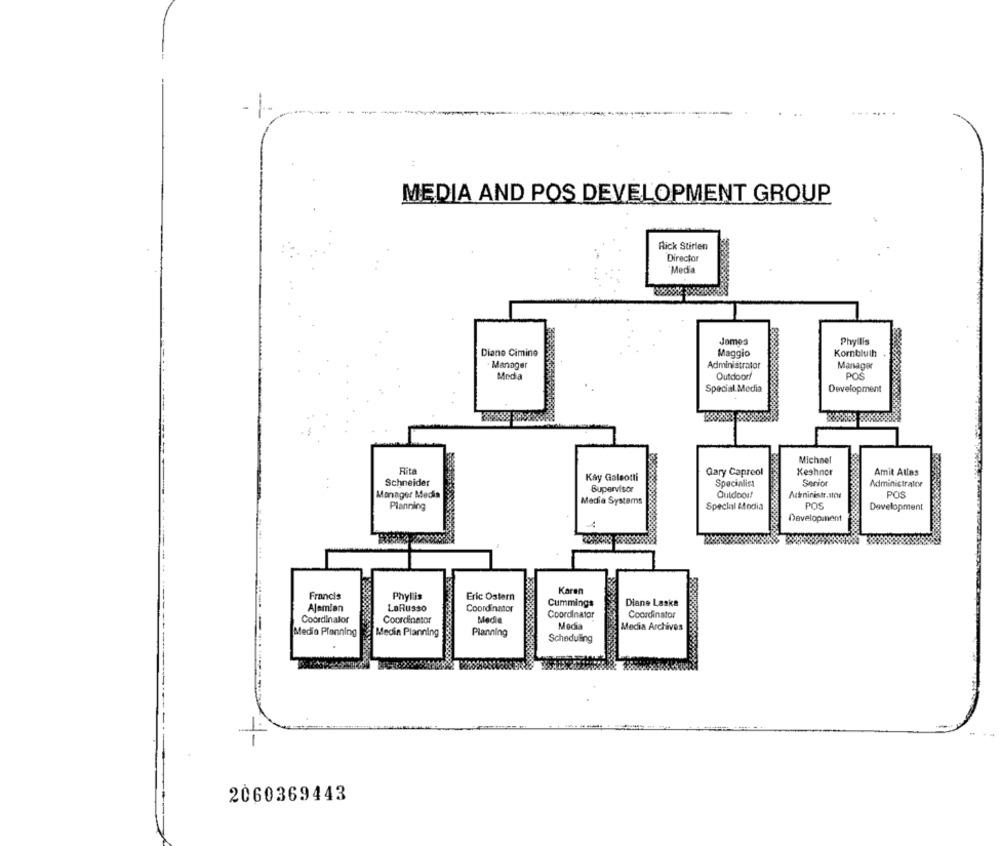
-
MEDIA AND POS DEVELOPMENT GROUP
Rick Stirlen
Director
Media
James
Phyllis
Diane Cimine
Maggio
Kornbluth
Manager
Administrator
Manager
Media
Outdoor/
POŚ
Special Media
Development
Michael
Rita
Gary Capreol
Keshnor
Amit Atlas
Schneider
Kay Galeotti
Specialist
Senior
Administrator
Supervisor
Manager Media
Media Systems
Outdoor!
Acteniinistr. NO4
POS
Planning
Special Atodia
POS
Development
Development
Karen
Francis
Phyllis
Eric Ostern
Diane Laska
Ajemian
LaRusso
Coordinator
Cummings
Coordinator
Coordinator
Media
Coordinator
Coordinator
Media
Media Archives
Media Planning
Medin Planning
Planning
Scheduling
2060369443